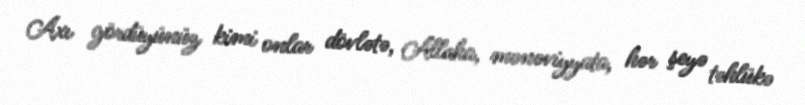
Axı gördüyünüz kimi onlar dövlətə, Allaha, mənəviyyata, hər şeyə təhlükə